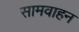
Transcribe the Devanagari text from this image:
सामवाहन